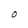
Character: O